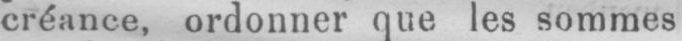
créance, ordonner que les sommes